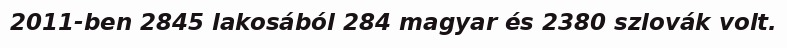
2011-ben 2845 lakosából 284 magyar és 2380 szlovák volt.